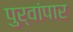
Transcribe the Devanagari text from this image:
पुर्वांपार